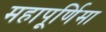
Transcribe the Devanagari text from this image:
महापूर्णिमा